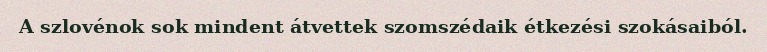
A szlovénok sok mindent átvettek szomszédaik étkezési szokásaiból.